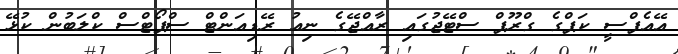
އޭއެފްސީ ކަޕްގެ ގްރޫޕް ސްޓޭޖުގައި ރާއްޖޭގެ ނިއު ރޭޑިއަންޓް ސްޕޯޓްސް ކްލަބުން ކުޅޭ